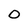
Character: O